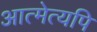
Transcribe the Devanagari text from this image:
आत्मेत्यपि